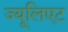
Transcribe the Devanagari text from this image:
ज्यूलिएट